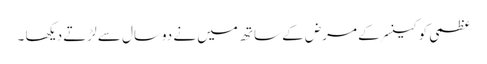
عظمی کو کینسر کے مرض کے ساتھ میں نے دوسال سے لڑتے دیکھا ۔